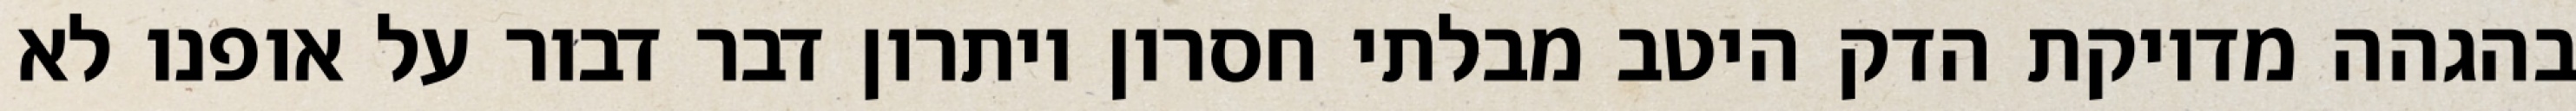
בהגהה מדויקת הדק היטב מבלתי חסרון ויתרון דבר דבור על אופנו לא